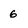
Character: 6